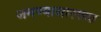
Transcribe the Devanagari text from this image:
जमण्यासारख्या